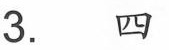
3. 四